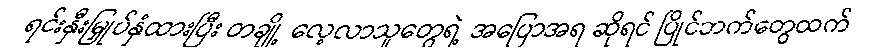
ရင်းနှီးမြှုပ်နှံထားပြီး တချို့ လေ့လာသူတွေရဲ့ အပြောအရ ဆိုရင် ပြိုင်ဘက်တွေထက်